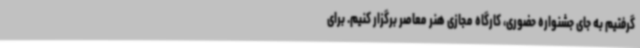
گرفتیم به جای جشنواره حضوری، کارگاه مجازی هنر معاصر برگزار کنیم. برای